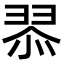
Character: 𮊿